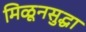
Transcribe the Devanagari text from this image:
मिळूनसुद्धा